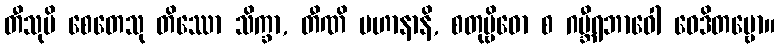
တီသုပိ စေတေသု တိဿော သိက္ခာ, တီဏိ ပဟာနာနိ, စတုဗ္ဗိဓော စ ဂမ္ဘီရဘာဝေါ ဝေဒိတဗ္ဗော။